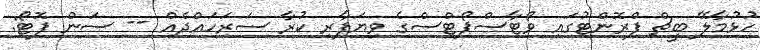
ހުޅުމާލޭ ބީޗް ފްރޮންޓުގައި ވޯޓާސްޕޯޓްސްގެ ވިޔަފާރި ކުރާ ސަރަހައްދެއް -- ސަން ފޮޓޯ: